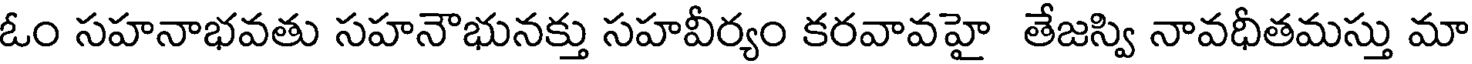
ఓం సహనాభవతు సహనౌభునక్తు సహవీర్యం కరవావహై తేజస్వి నావధీతమస్తు మా